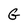
Character: G